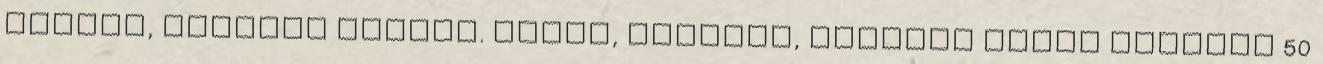
növény, virágai sárgák. Húsos, pozsgás, lándzsa alakú levelei 50